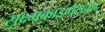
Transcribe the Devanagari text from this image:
सूक्ष्मकाइमेरावाद